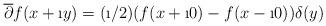
LaTeX: \begin{align*}\overline{\partial}f(x+\i y)= (\i/2)(f(x+\i 0)-f(x-\i 0))\delta(y)\end{align*}